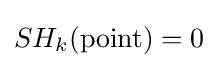
SH_{k}({\text{point}})=0